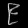
Digit: ၉